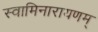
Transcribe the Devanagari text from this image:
स्वामिनारायणम्